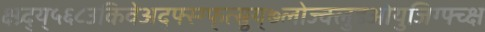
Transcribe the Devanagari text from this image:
क्ष्ग्र्द्य्५६८उकिवेअद्फ्स्ग्फ्त्स्र्रुय्७लोज्क्लुइओयुजिग्फ्च्क्ष